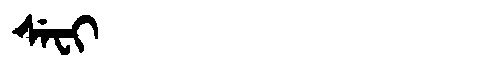
Manchu: ᠰᡝᠸᡳ
Romanization: SEFI